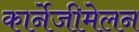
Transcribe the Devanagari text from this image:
कार्नेजीमेलन